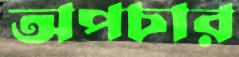
অপচার